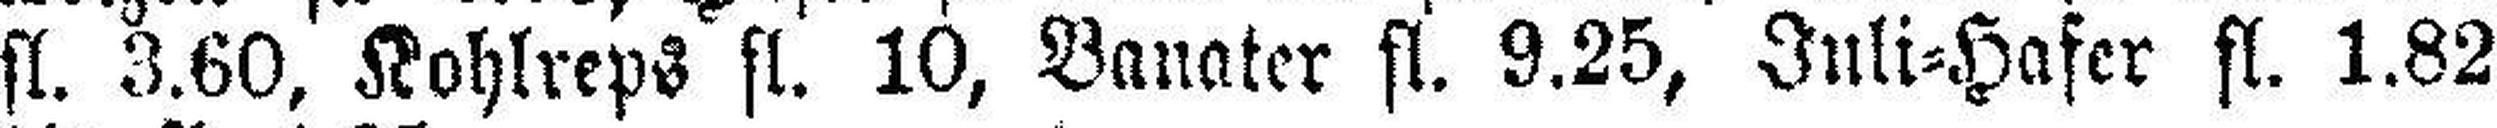
fl. 3.60, Kohlreps fl. 10, Banater fl. 9.25, Juli=Hafer fl. 1.82